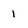
Character: I